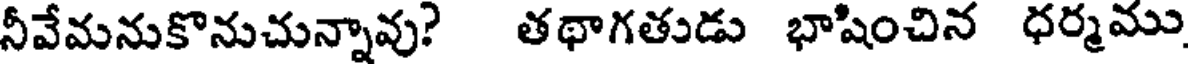
నీవేమనుకొనుచున్నావు? తథాగతుడు భాషించిన ధర్మము